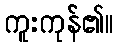
ကူးကုန်၏။